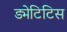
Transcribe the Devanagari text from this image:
ड्मेटिटिस